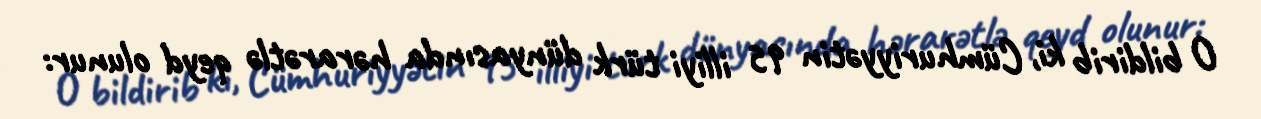
O bildirib ki, Cümhuriyyətin 95 illiyi türk dünyasında hərarətlə qeyd olunur: